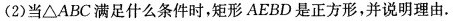
(2)当△ABC满足什么条件时，矩形AEBD是正方形，并说明理由.